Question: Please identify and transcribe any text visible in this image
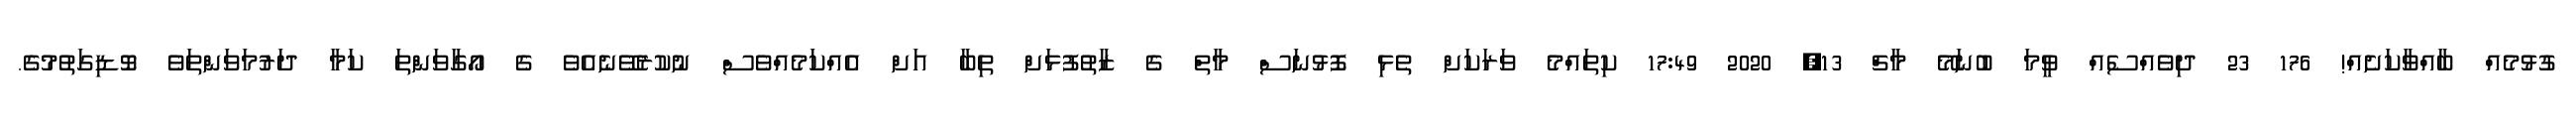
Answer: ގުޅުމެއް ބާއްވާކަށެއް! 176 23 ދިވެއްސެއް ވީމަ ބުނަމޭ މާޗް 13, 2020 17:49 ކިތައްމެ ވަރަކަށް ތެޅި ފޮޅުނަސް މާތް ގެ ޒާތުފުޅަށް ތިބާ އަށް އެއްކަމެއްވެސް ނުކުރެވޭނެއެވެ ގެ އޯގާވަންތަ ކަމާ ދަރުމަވަންތަވެ ވޮޑިގަތުމުގެ.